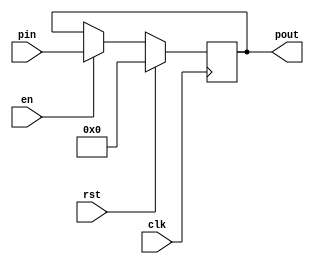
module register (clk,pin,en,rst,pout);
    
    parameter N = 25;
    input clk;
    input en;
    input rst;
    input [N-1:0]pin;
    output reg [N-1:0]pout;

    always @(posedge clk) begin
        if(rst) pout <= 0;
        else if(en) pout <= pin;
    end

endmodule

module counter (clk,pin,select,ld,rst,en,pout,co);
    
    parameter N = 8;
    input clk;
    input ld;
    input en;
    input select;
    input rst;
    input [N-1:0]pin;
    output co;
    output reg [N-1:0]pout;

    always @(posedge clk) begin
        if(rst) pout <= 7'b0111111;
        else if(ld) pout <= pin;
        else begin
            if(en)begin
                if(select == 1) pout <= pout + 1;
                if(select == 0) pout <= pout - 1;
            end
        end
    end

    assign co = (select == 1) ? &{pout} : &{~pout};

endmodule

module write_to_file ( output_file_name, en, line);

    // input string output_file_name;
    input [13*8-1:0] output_file_name; // Can store 13 characters
    input en;
    input [24:0] line;

    integer f;
    integer i;

    always @(en) begin
        if (en) begin
            f = $fopen("output_00.txt","a");
            for (i = 0; i<25; i=i+1)
                $fwrite(f,"%b",line[24 - i]);
            $fwrite(f,"\n");
            $fclose(f);  

        end
    end 

endmodule

module mux2to1 (a,b,s,w);

    parameter N = 25;
    input [N-1:0]a;
    input [N-1:0]b;
    input s;
    output [N-1:0]w;

    assign w = (s==1'b0) ? a : b; 
    
endmodule